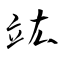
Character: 竑